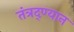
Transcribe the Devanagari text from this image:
तंत्रद्ण्यान